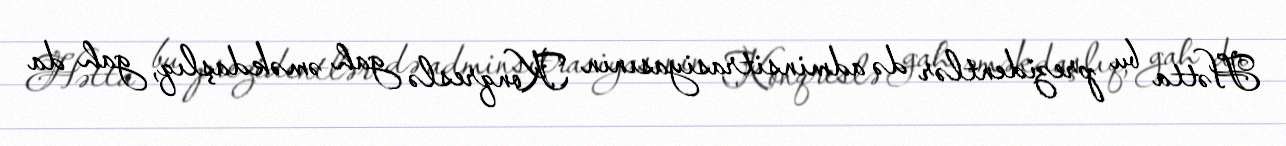
Hətta bu prezidentlər də adminsitrasiyasının Konqreslə gah əməkdaşlıq, gah da